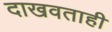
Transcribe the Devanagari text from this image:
दाखवताही